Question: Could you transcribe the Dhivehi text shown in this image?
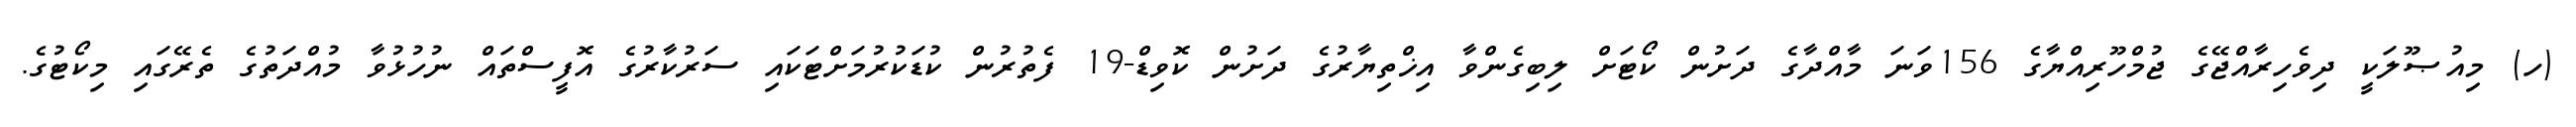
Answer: (ހ) މިއުޞޫލަކީ ދިވެހިރާއްޖޭގެ ޖުމްހޫރިއްޔާގެ 156ވަނަ މާއްދާގެ ދަށުން ކޯޓަށް ލިބިގެންވާ އިޚްތިޔާރުގެ ދަށުން ކޮވިޑް-19 ފެތުރުން ކުޑަކުރުމަށްޓަކައި ސަރުކާރުގެ އޮފީސްތައް ނުހުޅުވާ މުއްދަތުގެ ތެރޭގައި މިކޯޓުގެ.